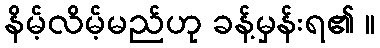
နိမ့်လိမ့်မည်ဟု ခန့်မှန်းရ၏ ။